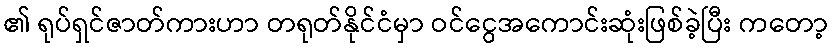
၏ ရုပ်ရှင်ဇာတ်ကားဟာ တရုတ်နိုင်ငံမှာ ဝင်ငွေအကောင်းဆုံးဖြစ်ခဲ့ပြီး ကတော့